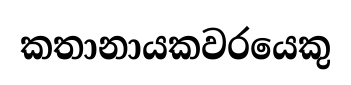
කතානායකවරයෙකු